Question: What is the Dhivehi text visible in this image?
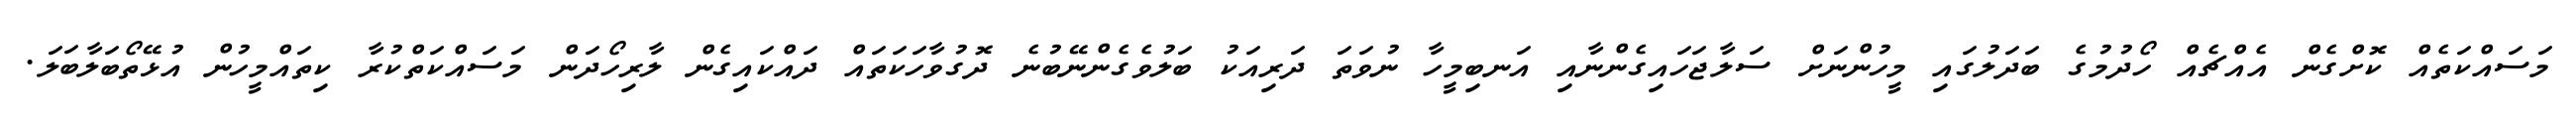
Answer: މަސައްކަތެއް ކޮށްގެން އެއްޗެއް ހޯދުމުގެ ބަދަލުގައި މީހުންނަށް ސަލާޖަހައިގެންނާއި އަނބިމީހާ ނުވަތަ ދަރިއަކު ބަލުވެގެންނޭބުނެ ދޮގުވާހަކަތައް ދައްކައިގެން ލާރިހޯދަން މަސައްކަތްކުރާ ކިތައްމީހުން އުޅޭތޯބަލާބަލަ.